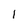
Character: 1